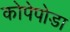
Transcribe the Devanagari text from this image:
कोपेपोडा